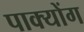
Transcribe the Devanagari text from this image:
पाक्योंग